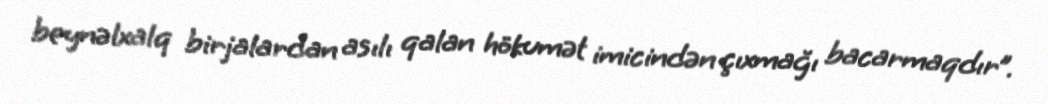
beynəlxalq birjalardan asılı qalan hökumət imicindən çıxmağı bacarmaqdır”.